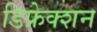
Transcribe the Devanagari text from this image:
डिफ्रेक्शन